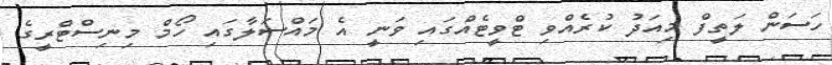
ހަސަން ލަތީފް މިއަދު ކުރެއްވި ޓްވީޓެއްގައި ވަނީ އެ މައްސަލާގައި ހޯމް މިނިސްޓްރީގެ